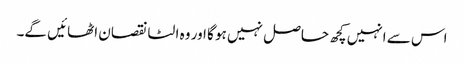
اس سے انہیں کچھ حاصل نہیں ہو گا اور وہ الٹا نقصان اٹھائیں گے۔